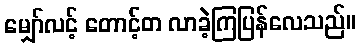
မျှော်လင့် တောင့်တ လာခဲ့ကြပြန်လေသည်။